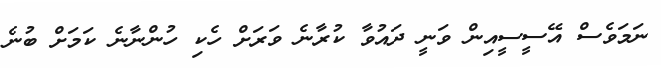
ނަމަވެސް އޭސީސީއިން ވަނީ ދައުވާ ކުރާނެ ވަރަށް ހެކި ހުންނާނެ ކަމަށް ބުނެ